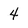
Character: 4